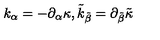
k _ { \alpha } = - \partial _ { \alpha } \kappa , \tilde { k } _ { \tilde { \beta } } = \partial _ { \tilde { \beta } } \tilde { \kappa }